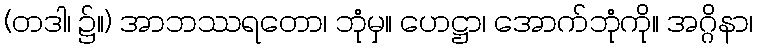
(တဒါ၊ ၌။) အာဘဿရတော၊ ဘုံမှ။ ဟေဋ္ဌာ၊ အောက်ဘုံကို။ အဂ္ဂိနာ၊